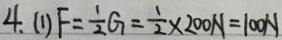
4 . ( 1 ) F = \frac { 1 } { 2 } G = \frac { 1 } { 2 } \times 2 0 0 N = 1 0 0 N